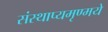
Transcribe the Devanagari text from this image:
संस्थाप्यमृण्मये